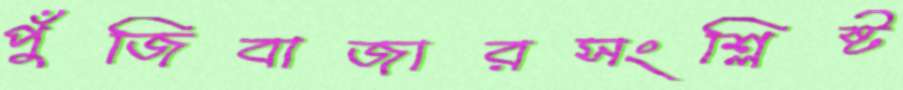
পুঁজিবাজারসংশ্লিষ্ট